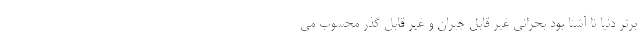
برتر دنیا نا آشنا بود بحرانی غیر قابل جبران و غیر قابل گذر محسوب می